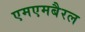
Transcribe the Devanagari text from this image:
एमएमबैरल